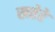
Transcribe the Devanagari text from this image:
खतेरे